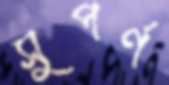
সুপর্ণ